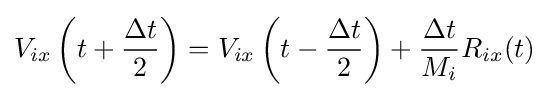
V_{ix}\left(t+{\frac {\Delta t}{2}}\right)=V_{ix}\left(t-{\frac {\Delta t}{2}}\right)+{\frac {\Delta t}{M_{i}}}R_{ix}(t)